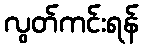
လွတ်ကင်းရန်